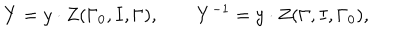
LaTeX: Y = y \cdot Z ( \Gamma _ { 0 } , I , \Gamma ) , \mathbf { \qquad } Y ^ { - 1 } = y \cdot Z ( \Gamma , I , \Gamma _ { 0 } ) ,